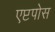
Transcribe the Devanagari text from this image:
एप्टपोस